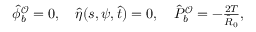
\begin{array} { r } { \hat { \phi } _ { b } ^ { \mathcal { O } } = 0 , \quad \hat { \eta } ( s , \psi , \hat { t } ) = 0 , \quad \hat { P } _ { b } ^ { \mathcal { O } } = - \frac { 2 T } { \hat { R } _ { 0 } } , } \end{array}